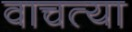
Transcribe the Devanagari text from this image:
वाचत्या